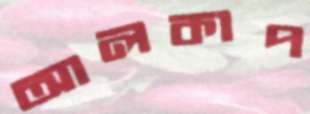
আলকাপ